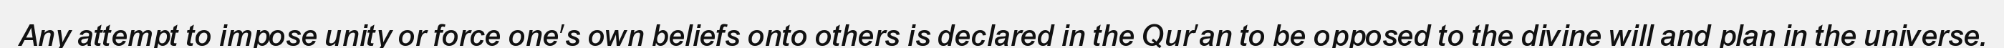
Any attempt to impose unity or force one's own beliefs onto others is declared in the Qur'an to be opposed to the divine will and plan in the universe.